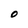
Character: O